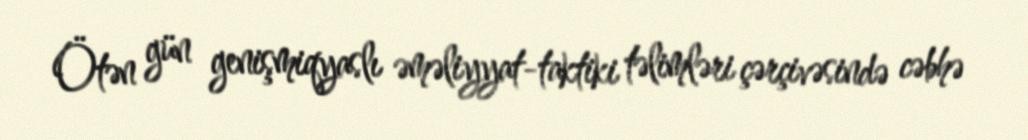
Ötən gün genişmiqyaslı əməliyyat-taktiki təlimləri çərçivəsində cəbhə